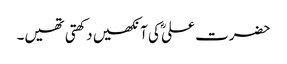
حضرت علیؓ کی آنکھیں دکھتی تھیں۔